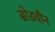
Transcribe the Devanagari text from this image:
सोडवीन